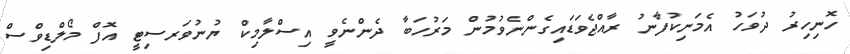
ހޮނިހިރު ދުވަހު އެމަނިކުފާނު ރާއްޖެވަޑައިގެންނެވުމުން މަރުހަބާ ދެންނެވީ އިސްލާމިކް ޔުނުވަރސިޓީ އޮފް މޯލްޑިވްސް